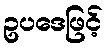
ဥပဒေဖြင့်